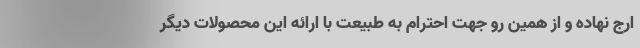
ارج نهاده و از همین رو جهت احترام به طبیعت با ارائه این محصولات دیگر